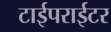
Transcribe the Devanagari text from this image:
टाईपराईटर